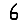
Digit: 6